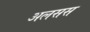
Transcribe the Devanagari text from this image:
अलसस